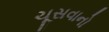
ચૂસવાનો